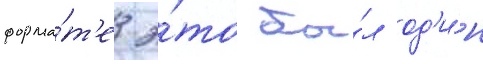
форма́т'е э́то бы́л од'и́н